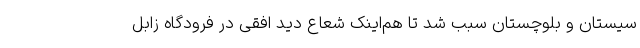
سیستان و بلوچستان سبب شد تا هم‌اینک شعاع دید افقی در فرودگاه زابل